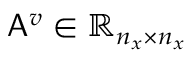
\mathsf { A } ^ { v } \in \mathbb { R } _ { n _ { x } \times n _ { x } }